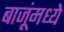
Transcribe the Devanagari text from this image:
बाजूंमध्ये